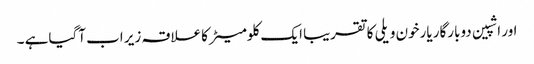
اور اشپین دوبارگار یارخون ویلی کا تقریبا ایک کلومیٹر کاعلاقہ زیر اب آگیاہے ۔